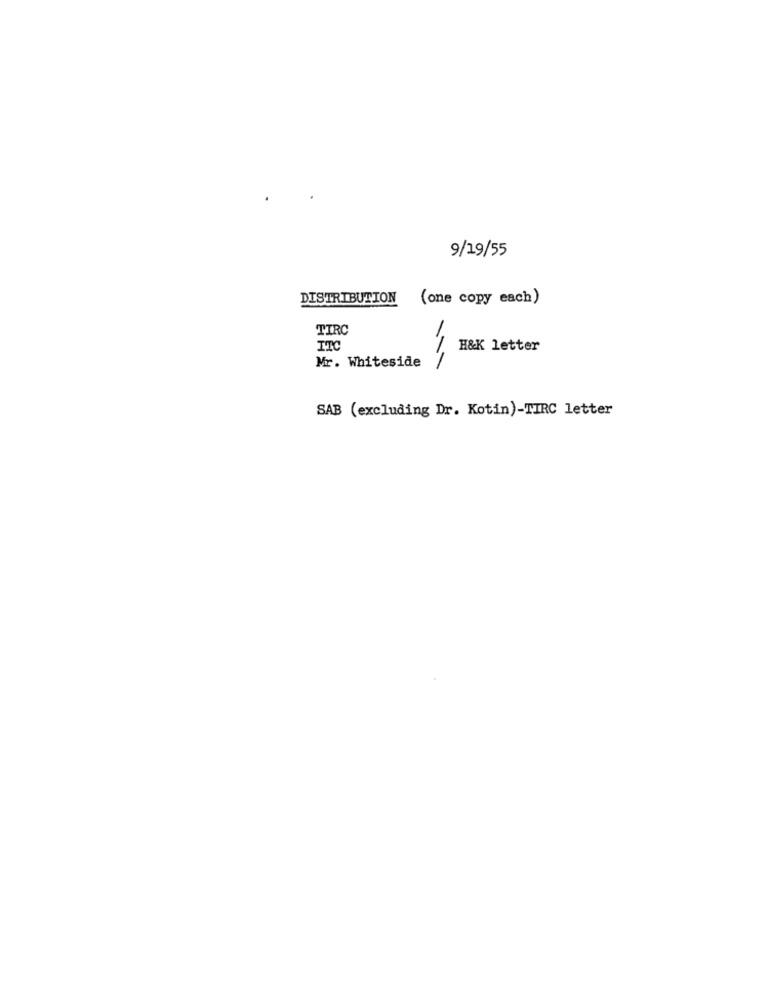
9/19/55
DISTRIBUTION
(one copy each)
TIRC
1
TTC
H&K letter
Mr. Whiteside
SAB (excluding Dr. Kotin)-TIRC letter